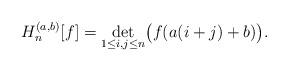
LaTeX: \begin{gather*}H_n^{(a,b)}[f]=\det_{1\le i,j\le n}\bigl(f(a(i+j)+b)\bigr).\end{gather*}